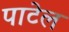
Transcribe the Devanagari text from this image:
पाटेल